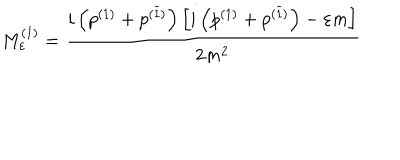
LaTeX: M _ { \varepsilon } ^ { ( 1 ) } = \frac { i \left( p ^ { ( 1 ) } + p ^ { ( \widetilde { 1 } ) } \right) \left[ i \left( p ^ { ( 1 ) } + p ^ { ( \widetilde { 1 } ) } \right) - \varepsilon m \right] } { 2 m ^ { 2 } }